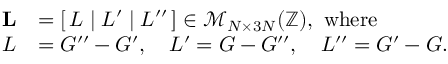
\begin{array} { r l } { \mathbf { L } } & { = [ \, L \; | \; L ^ { \prime } \; | \; L ^ { \prime \prime } \, ] \in \mathcal { M } _ { N \times 3 N } ( \mathbb { Z } ) , \ \mathrm { w h e r e } } \\ { L } & { = G ^ { \prime \prime } - G ^ { \prime } , \quad L ^ { \prime } = G - G ^ { \prime \prime } , \quad L ^ { \prime \prime } = G ^ { \prime } - G . } \end{array}